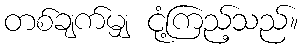
တစ်ချက်မျှ ငုံ့ကြည့်သည်။